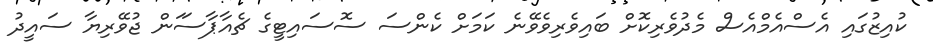
ކުއިޒުގައި އެސްއެމްއެސް މެދުވެރިކޮށް ބައިވެރިވެވޭނެ ކަމަށް ކެންސަ ސޮސައިޓީގެ ޗެއާޕާސަަން ޖުވޭރިޔާ ސައީދު